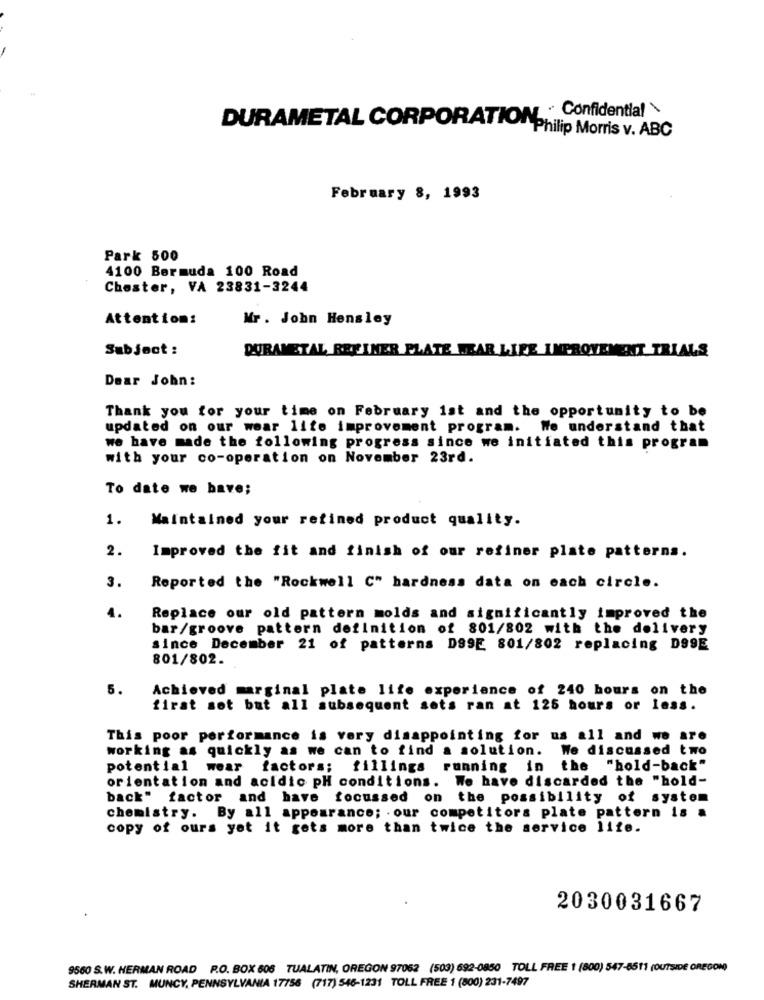
Confidential\
DURAMETAL CORPORATIONPhilip Morris v. ABC
February 8, 1993
Park 500
4100 Bermuda 100 Road
Chester, VA 23831-3244
Attention:
Mr. John Hensley
Subject :
DURAMETAL REFINER PLATE WEAR LIFE IMPROVEMENT TRIALS
Dear John:
Thank you for your time on February 1st and the opportunity to be
updated on our wear lite improvement program. We understand that
we have made the following progress since we initiated this program
with your co-operation on November 23rd.
To date we have;
1. Maintained your refined product quality.
2.
Improved the fit and finish of our refiner plate patterns.
3.
Reported the "Rockwell C" hardness data on each circle.
4.
Replace our old pattern molds and significantly improved the
bar/groove pattern definition of 801/802 with the delivery
since December 21 of patterns DS9E 801/802 replacing D99E
801/802.
5.
Achieved marginal plate life experience of 240 hours on the
first sot but all subsequent sots ran at 125 hours or less.
This poor performance is very disappointing for us all and we are
working as quickly as we can to find a solution. We discussed two
potential wear factors; fillings
running in the
"hold-back"
orientation and acidic pH conditions. We have discarded the "hold-
back" factor and have focussed on the possibility of system
chemistry. By all appearance; our competitors plate pattern is a
copy of ours yet it gets more than twice the service life.
2030031667
9560 S.W. HERMAN ROAD P.O. BOX 606 TUALATIN, OREGON 97062 (503) 692-0850 TOLL FREE 1 (800) 547-6511 (OUTSIDE OREGON)
SHERMAN ST. MUNCY, PENNSYLVANIA 17756 (717) 546-1231 TOLL FREE 1 (800) 231-7497